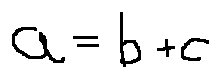
a = b + c